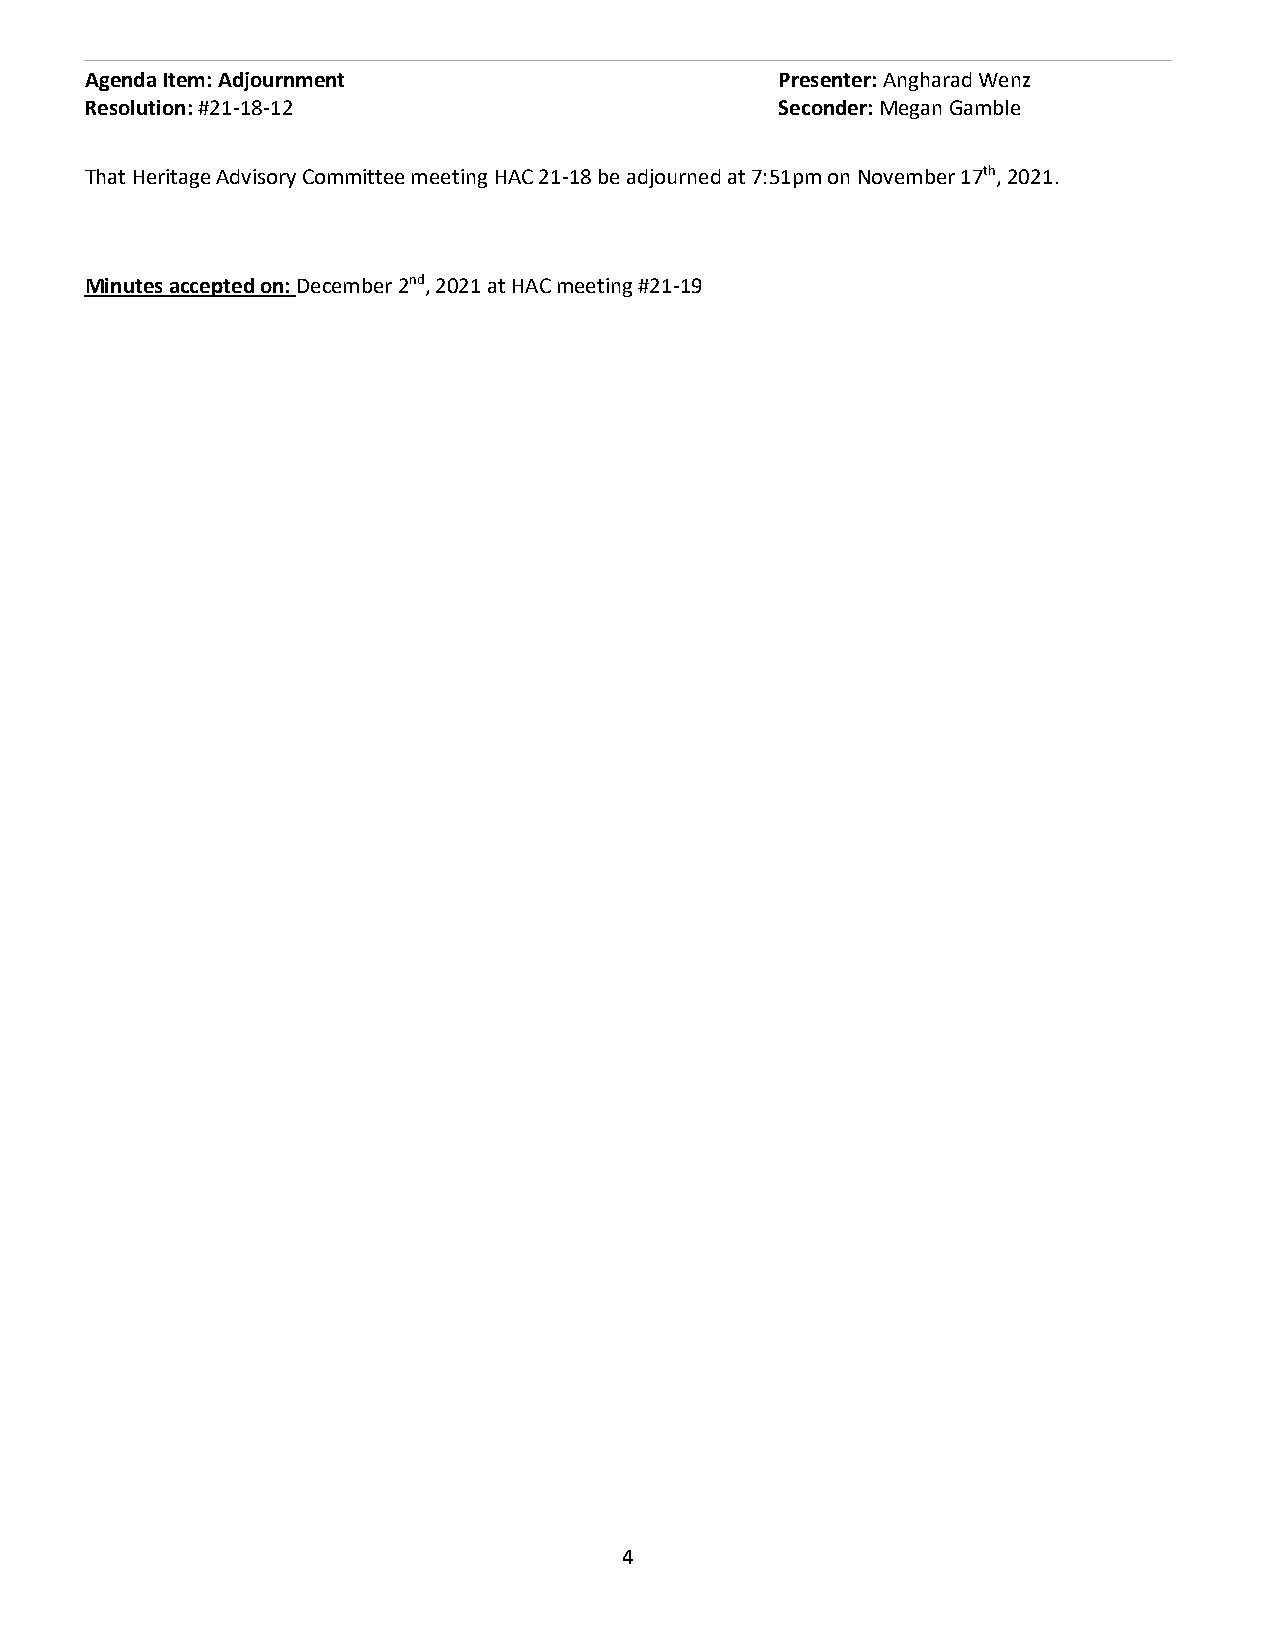
Agenda Item: Adjournment                      Presenter: Angharad Wenz
 Resolution: #21-18-12                         Seconder: Megan Gamble
 That Heritage Advisory Committee meeting HAC 21-18 be adjourned at 7:51pm on November 17th, 2021.
 Minutes accepted on: December 2nd, 2021 at HAC meeting #21-19
 4